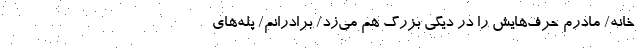
خانه/ مادرم حرف‌هایش را در دیگی بزرگ هم می‌زد/ برادرانم/ پلّه‌های